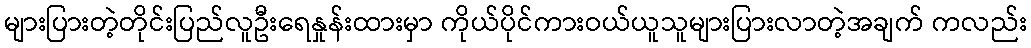
များပြားတဲ့တိုင်းပြည်လူဦးရေနှုန်းထားမှာ ကိုယ်ပိုင်ကားဝယ်ယူသူများပြားလာတဲ့အချက် ကလည်း